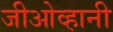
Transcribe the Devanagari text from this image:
जीओव्हानी